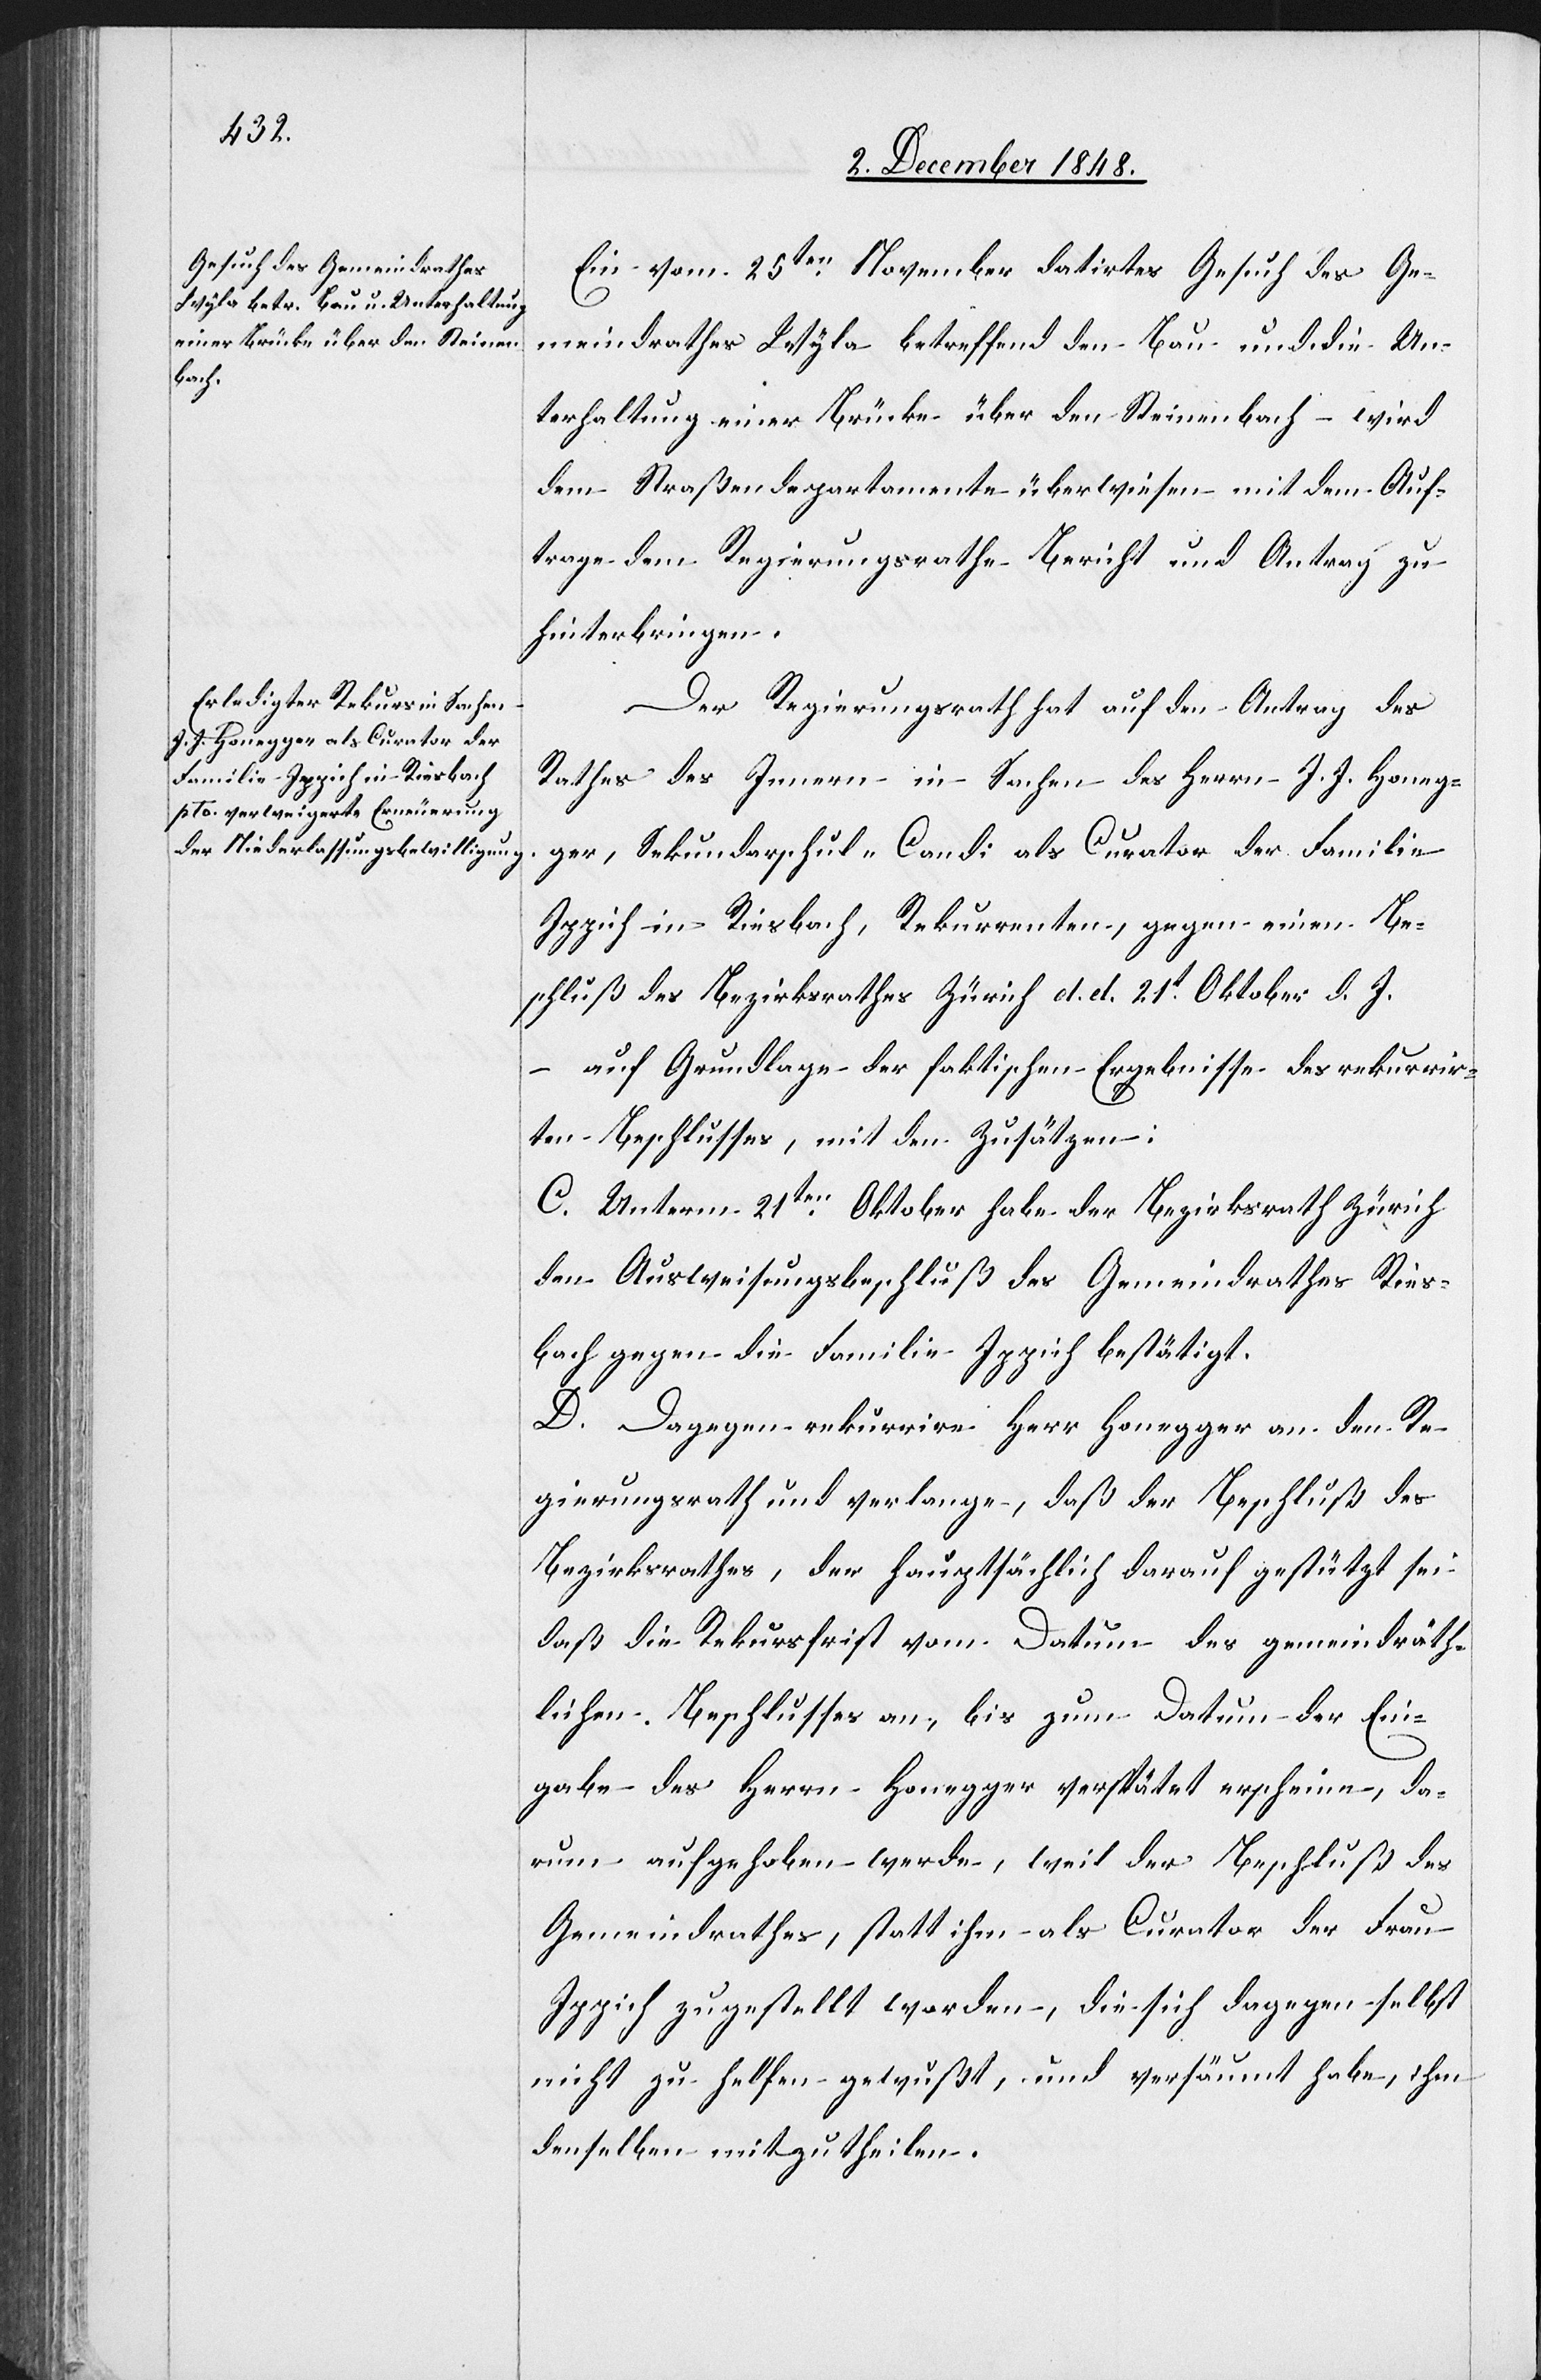
Ein vom 25ten November datirtes Gesuch des Ge¬
meindrathes Wyla betreffend den Bau und die Un¬
terhaltung einer Brücke über den Steinenbach – wird
dem Straßendepartemente überwiesen mit dem Auf¬
trage dem Regierungsrathe Bericht und Antrag zu
hinterbringen.
Der Regierungsrath hat auf den Antrag des
Rathes des Innern in Sachen des Herrn J. J. Honeg¬
ger, Sekundarschul-Candi als Curator der Familie
Ippich in Riesbach, Rekurrenten, gegen einen Be¬
schluß des Bezirksrathes Zürich d. d. 21t Oktober d. J.
– auf Grundlage der faktischen Ergebnisse des rekurrir¬
ten Beschlusses, mit den Zusätzen:
D. Dagegen rekurrire Herr Honegger an den Re¬
gierungsrath und verlange, daß der Beschluß des
Bezirksrathes, der hauptsächlich darauf gestützt sei
daß die Rekursfrist vom Datum des gemeindräth¬
lichen Beschlusses an, bis zum Datum der Ein¬
gabe des Herrn Honegger verspätet erscheine, da¬
rum aufgehoben werde, weil der Beschluß des
Gemeindrathes, statt ihm als Curator der Frau
Ippich zugestellt worden, die sich dagegen selbst
nicht zu helfen gewußt, und versäumt habe, ihm
denselben mitzutheilen.